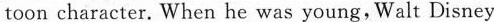
toon character. When he was young,Walt Disney